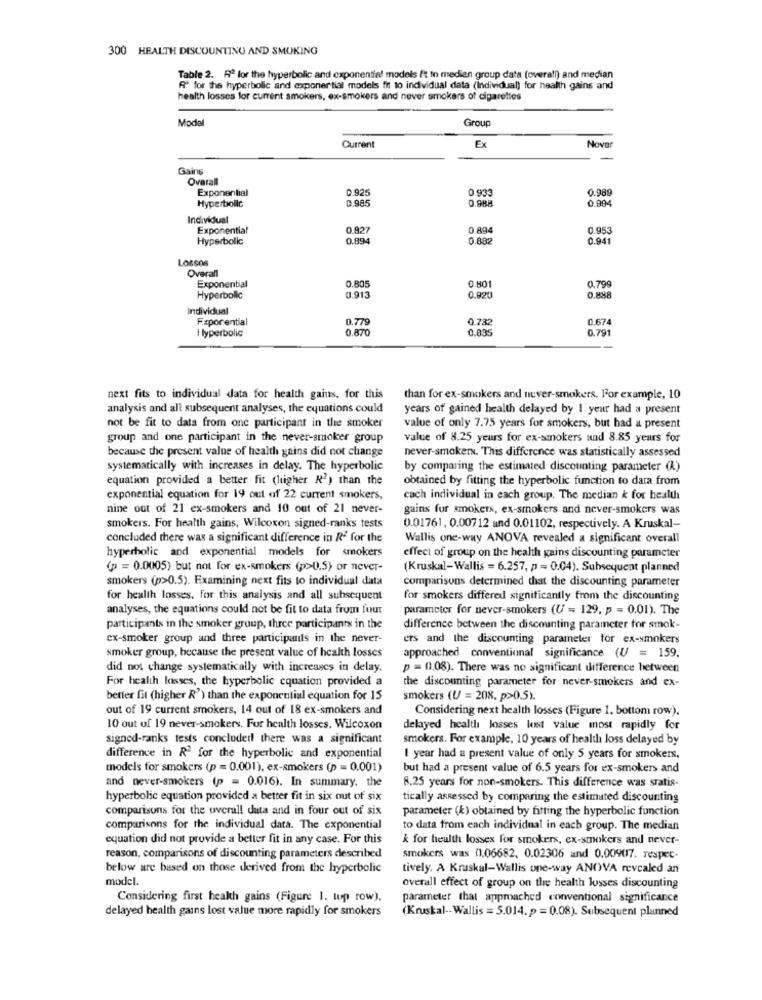
300 HEALTH DISCOUNTING AND SMOKING
Table 2. R2 for the hyperbolic and exponential models ft to medien group data (overall) and median
Af for the hyperbolic and exponer tial models fit to individual data (Individual) for health gains and
health losses for current smokers, ex-smokers and never smokers of cigarettes
Model
Group
Ex
Nover
Current
Gains
Overall
Exponential
0.925
0.93
0.989
0 985
0.988
0.994
Hyperbolic
Individual
Exponential
0.827
0.894
0.953
Hyperbolic
0.894
0.882
0.941
Lossos
Overall
0.805
0.799
Exponential
0.801
Hyperbolic
0,913
0.920
O.MHA
Individual
F.xpor ential
0.779
0.732
0.674
Hyperbolic
0.870
0.835
0.79
next fits to individual data for health gains, for this
than for ex-smokers and never-smokers. For example, 10
analysis and all subsequent analyses, the equations could
years of gained health delayed by 1 year had a present
not be fit to data from one participant in the smoker
value of only 7.75 years for smokers, but had a present
group and one participant in the never-smoker group
value of 8.25 yeurs for ex-smokers and 8.85 years for
because the present value of health gains did not change
never-smoker. This difference was statistically assessed
systematically with increases in delay. The hyperbolic
by comparing the estimated discounting parameter (A)
equation provided a better fit (lugher R2) than the
obtained by fitting the hyperbolic function to data from
exponential equation for 19 out of 22 current smokers,
cach individual in each group. The median k for health
nine out of 21 ex-smokers and 10 out of 21 never-
gains for smokers, ex-smokers and never-smokers was
smokers. For health gains, Wilcoxon signed-ranks tests
0.01761, 0.00712 and 0.01102, respectively. A Kruskal-
concluded there was a significant difference in R2 for the
Wallis one-way ANOVA revealed a significant overall
hyperbolic and exponential models for smokers
effect of group on the health gains discounting parameter
(p = 0.0005) but not for ex-smokers (p>>0.5) or never-
(Kruskal-Wallis = 6.257, p = 0.04). Subsequent planned
smokers (p>0.5). Examining next fits to individual data
comparisons determined that the discounting parameter
for health losses, for this analysis and all subsequent
for smokers differed significantly from the discounting
analyses, the equations could not be fit to data from four
parameter for uever-smokers (U = 129, p = 0.01). The
participants in the smoker group, three participants in the
difference between the discounting parameter for smok-
ex-smoker group and three participants in the never-
ers and the discounting parameter for ex-smokers
smoker group, because the present value of health losses
approached conventional significance (U = 159.
did not change systematically with increases in delay.
p = 0.08). There was no significant difference between
For health losses, the hyperbolic cquation provided a
the discounting parameter for never-smokers and ex-
better fit (higher R') than the exponential equation for 15
smokers (U = 208, p>0.5).
out of 19 current smokers, 14 out of 18 ex-smokers and
Considering next health losses (Figure 1, bottom row).
10 out of 19 never-smokers. For health losses. Wilcoxon
delayed health losses lost value most rapidly for
signed-ranks tests concluded there was a significant
smokers. For example, 10 years of health Joss delayed by
difference in R2 for the hyperbolic and exponential
I year had a present value of only 5 years for smokers,
models for smokers (p = 0.001), ex-smokers (p = 0.001)
but had a present value of 6.5 years for ex-smokers and
and never-smokers (p = 0.016). In summary, the
8.25 years for non-smokers. This difference was statis-
hyperbolic equation provided a better fit in six out of six
tically assessed by comparing the estimated discounting
comparisons for the overall data and in four out of six
parameter (k) obtained by fitting the hyperbolic function
comparisons for the individual data. The exponential
to data from each individual in each group. The median
equation did not provide a better fit in any case. For this
k for health losses for smokers, ex-smokers and never-
reason, comparisons of discounting parameters described
smokers was (1.06682, 0.02306 and 0.00907. respec-
below are based on those derived from the hyperbolic
tively. A Kruskal-Wallis one-way ANOVA revealed an
model.
overall effect of group on the health losses discounting
Considering first health gains (Figure 1. tup row),
parameter that approached conventional significance
delayed health gains lost value more rapidly for smokers
(Kruskal-Wallis = 5.014. p = 0.08). Subsequent planned